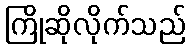
ကြိုဆိုလိုက်သည်